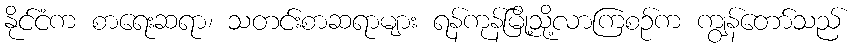
နိုင်ငံက စာရေးဆရာ၊ သတင်းစာဆရာများ ရန်ကုန်မြို့သို့လာကြစဉ်က ကျွန်တော်သည်